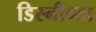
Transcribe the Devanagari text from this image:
डिस्नीच्या